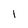
Character: l